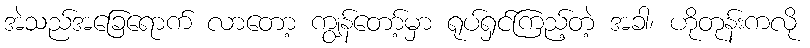
အဲသည်အခြေရောက် လာတော့ ကျွန်တော့်မှာ ရုပ်ရှင်ကြည့်တဲ့ အခါ၊ ဟိုတုန်းကလို